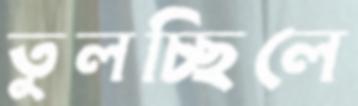
তুলচ্ছিলে